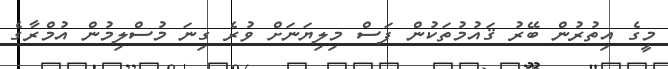
މީގެ އިތުރުން ބޭރު ޤައުމުތަކުން ފަސް މިލިޔަނަށް ވުރެ ގިނަ މުސްލިމުން އުމްރާގެ